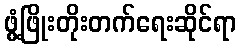
ဖွံ့ဖြိုးတိုးတက်ရေးဆိုင်ရာ